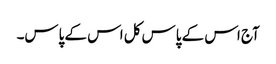
آج اس کے پاس کل اس کے پاس۔